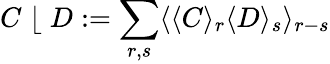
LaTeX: C\; \lfloor\; D:=\sum_{r,s}\langle\langle C\rangle_{r}\langle D\rangle_{s}\rangle_{r-s}